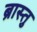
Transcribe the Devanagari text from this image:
ब्रास्तु